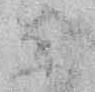
参